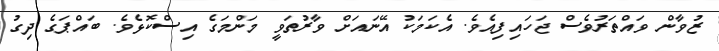
ޒުވާން ވައްތަރުވެސް ޖަހައިފިއެވެ. އެކަމަކު އޭނައަށް ވާރުތަވީ މަންމަގެ އިސްކޮޅެވެ. ބައްޕަގެ ދިގު